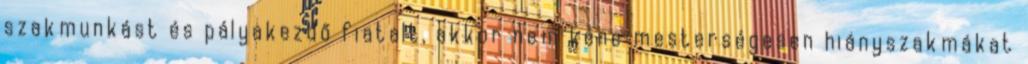
szakmunkást és pályakezdő fiatalt, akkor nem kéne mesterségesen hiányszakmákat